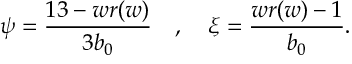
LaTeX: \psi = \frac { 1 3 - w r ( w ) } { 3 b _ { 0 } } \quad , \quad \xi = \frac { w r ( w ) - 1 } { b _ { 0 } } .